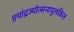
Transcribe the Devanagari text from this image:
॥चांद्रज्योत्सनापुलकित